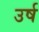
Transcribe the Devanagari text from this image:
उर्ष